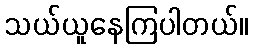
သယ်ယူနေကြပါတယ်။